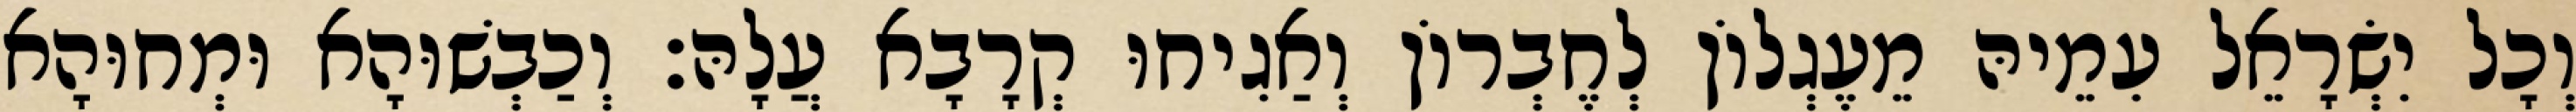
וְכָל יִשְׂרָאֵל עִמֵיהּ מֵעֶגְלוֹן לְחֶבְרוֹן וְאַגִיחוּ קְרָבָא עֲלָהּ׃ וְכַבְשׁוּהָא וּמְחוּהָא